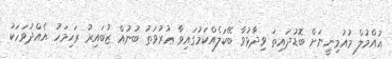
އުއްމުލް މުއުމިނީނަށް ބޮޑުދައިތަ ވިދާޅުވާ ބޭކަލެއްކަމުގައިވާ ޢުރުވަތު ބުނުއް ޒުބައިރު ރަޙިމަހު އެއްދުވަހަކު